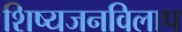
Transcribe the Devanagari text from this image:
शिष्यजनविलाप